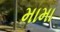
મામા